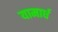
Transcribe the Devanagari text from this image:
यामार्ध